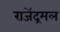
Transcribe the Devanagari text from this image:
राजेंद्रमल